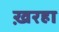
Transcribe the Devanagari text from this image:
ख़रहा